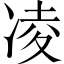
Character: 凌